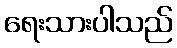
ရေးသားပါသည်